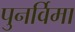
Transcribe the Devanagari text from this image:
पुनर्विमा